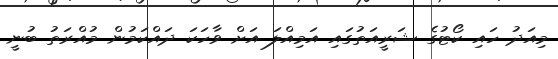
މިއަދު ހައި ކޯޓުގެ ޝަރީއަތުގައި އަމިއްލަ އަށް ވާހަކަ ދައްކަމުން މުއްރަތު ބުނީ